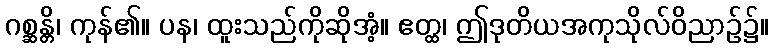
ဂစ္ဆန္တိ၊ ကုန်၏။ ပန၊ ထူးသည်ကိုဆိုအံ့။ ဧတ္ထ၊ ဤဒုတိယအကုသိုလ်ဝိညာဉ်၌။